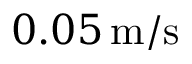
0 . 0 5 \, \mathrm { m } / \mathrm { s }